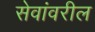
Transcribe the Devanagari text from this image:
सेवांवरील